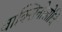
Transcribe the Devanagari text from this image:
वाक्सिनोलोजि